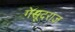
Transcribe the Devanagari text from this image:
गेसूदराज